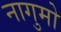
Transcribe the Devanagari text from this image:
नागुमो